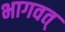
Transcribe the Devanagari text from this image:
भागवत्‌